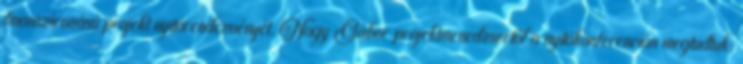
finanszírozású projekt nyitórendezvényét. Nagy Gábor projektmenedzsertől a nyitókonferencián megtudtuk: